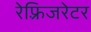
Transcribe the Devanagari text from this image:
रेफ़्रिजरेटर